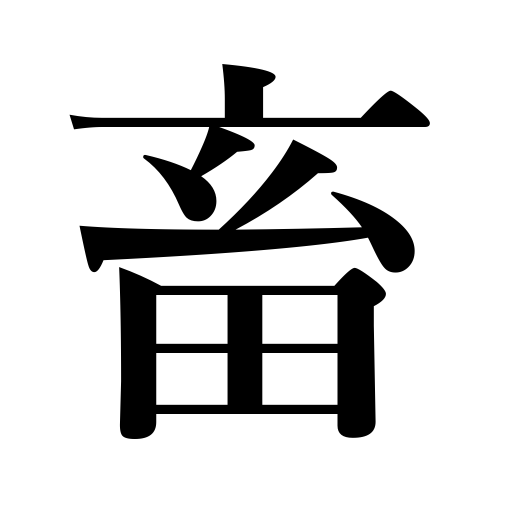
Meanings: domesticated fowl and animals